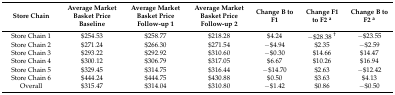
<table><thead><tr><td><b>Store Chain</b></td><td><b>Average Market Basket Price Baseline</b></td><td><b>Average Market Basket Price Follow-up 1</b></td><td><b>Average Market Basket Price Follow-up 2</b></td><td><b>Change B to F1</b></td><td><b>Change F1 to F2 <sup>a</sup></b></td><td><b>Change B to F2 <sup>a</sup></b></td></tr></thead><tbody><tr><td>Store Chain 1</td><td>$254.53</td><td>$258.77</td><td>$218.28</td><td>$4.24</td><td>−$28.38<sup>†</sup></td><td>−$23.55</td></tr><tr><td>Store Chain 2</td><td>$271.24</td><td>$266.30</td><td>$271.54</td><td>−$4.94</td><td>$2.35</td><td>−$2.59</td></tr><tr><td>Store Chain 3</td><td>$293.22</td><td>$292.92</td><td>$310.60</td><td>−$0.30</td><td>$14.66</td><td>$14.47</td></tr><tr><td>Store Chain 4</td><td>$300.12</td><td>$306.79</td><td>$317.05</td><td>$6.67</td><td>$10.26</td><td>$16.94</td></tr><tr><td>Store Chain 5</td><td>$329.45</td><td>$314.75</td><td>$316.44</td><td>−$14.70</td><td>$2.63</td><td>−$12.42</td></tr><tr><td>Store Chain 6</td><td>$444.24</td><td>$444.75</td><td>$430.88</td><td>$0.50</td><td>$3.63</td><td>$4.13</td></tr><tr><td>Overall</td><td>$315.47</td><td>$314.04</td><td>$310.80</td><td>−$1.42</td><td>$0.86</td><td>−$0.50</td></tr></tbody></table>